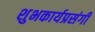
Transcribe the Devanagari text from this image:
शुभकार्यप्रसंगी